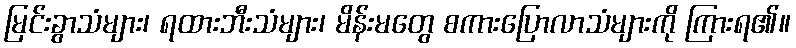
မြင်းခွာသံများ၊ ရထားဘီးသံများ၊ မိန်းမတွေ စကားပြောလာသံများကို ကြားရ၏။